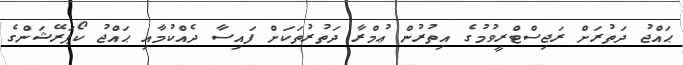
ޙައްޖު ދަތުރަށް ރަޖިސްޓްރީވުމުގެ އިތުރުން ޢުމްރާ ދަތުރުތަކަށް ފައިސާ ދެއްކުމާއި ޙައްޖު ކޯޕަރޭޝަންގެ